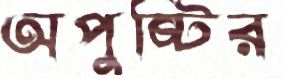
অপুষ্টির